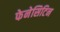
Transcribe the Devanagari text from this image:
फेनेसिटिन